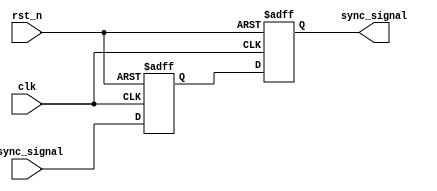
module dual_ff_synchronizer (
    input wire clk,            // Clock signal from the target clock domain
    input wire rst_n,         // Asynchronous active-low reset signal
    input wire async_signal,   // Asynchronous input signal to be synchronized
    output reg sync_signal     // Synchronized output signal
);

    // Internal signals for flip-flop outputs
    reg ff1_out;              // Output of the first flip-flop

    // First flip-flop (FF1)
    always @(posedge clk or negedge rst_n) begin
        if (!rst_n) begin
            ff1_out <= 1'b0;  // Initialize FF1 output to 0 on reset
        end else begin
            ff1_out <= async_signal;  // Capture the asynchronous signal
        end
    end

    // Second flip-flop (FF2)
    always @(posedge clk or negedge rst_n) begin
        if (!rst_n) begin
            sync_signal <= 1'b0;  // Initialize synchronized output to 0 on reset
        end else begin
            sync_signal <= ff1_out; // Capture output of FF1
        end
    end

endmodule